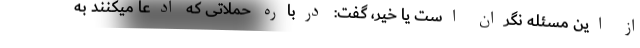
از این مسئله نگران است یا خیر، گفت: درباره حملاتی که ادعا میکنند به